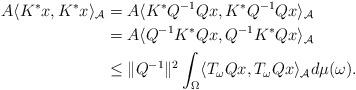
LaTeX: \begin{align*}A\langle K^{\ast}x,K^{\ast}x\rangle_{\mathcal{A}}&=A\langle K^{\ast}Q^{-1}Qx,K^{\ast}Q^{-1}Qx\rangle_{\mathcal{A}}\\&=A\langle Q^{-1}K^{\ast}Qx,Q^{-1}K^{\ast}Qx\rangle_{\mathcal{A}}\\&\leq\|Q^{-1}\|^{2}\int_{\Omega}\langle T_{\omega}Qx,T_{\omega}Qx\rangle_{\mathcal{A}} d\mu(\omega).\end{align*}